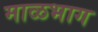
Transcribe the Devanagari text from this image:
माळभाग